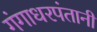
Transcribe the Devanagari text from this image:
गंगाधरपंतानी